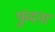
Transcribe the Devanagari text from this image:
फुंदना